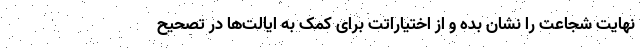
نهایت شجاعت را نشان بده و از اختیاراتت برای کمک به ایالت‌ها در تصحیح